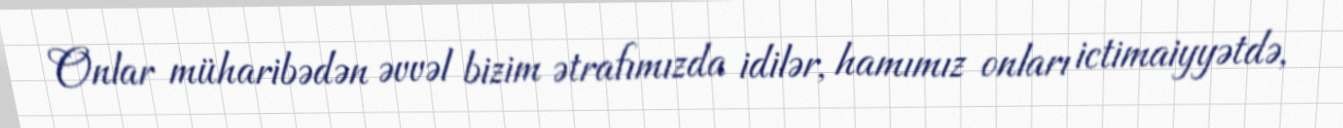
Onlar müharibədən əvvəl bizim ətrafımızda idilər, hamımız onları ictimaiyyətdə,